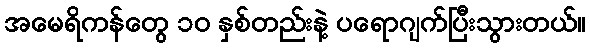
အမေရိကန်တွေ ၁၀ နှစ်တည်းနဲ့ ပရောဂျက်ပြီးသွားတယ်။